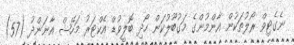
ނެގެޓިވް ރޯލުތަކުން އާންމުންގެ މަގުބޫލުކަން ހޯދި ބޮލީވުޑް އެކްޓަރު މަހޭޝް އާނަންދު (57)